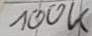
Text: 100K